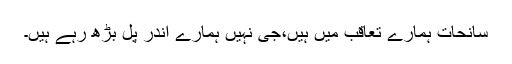
سانحات ہمارے تعاقب میں ہیں،جی نہیں ہمارے اندر پل بڑھ رہے ہیں۔